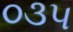
૦૩૫